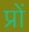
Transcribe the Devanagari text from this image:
प्रों